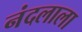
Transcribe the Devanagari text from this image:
नंदलाला